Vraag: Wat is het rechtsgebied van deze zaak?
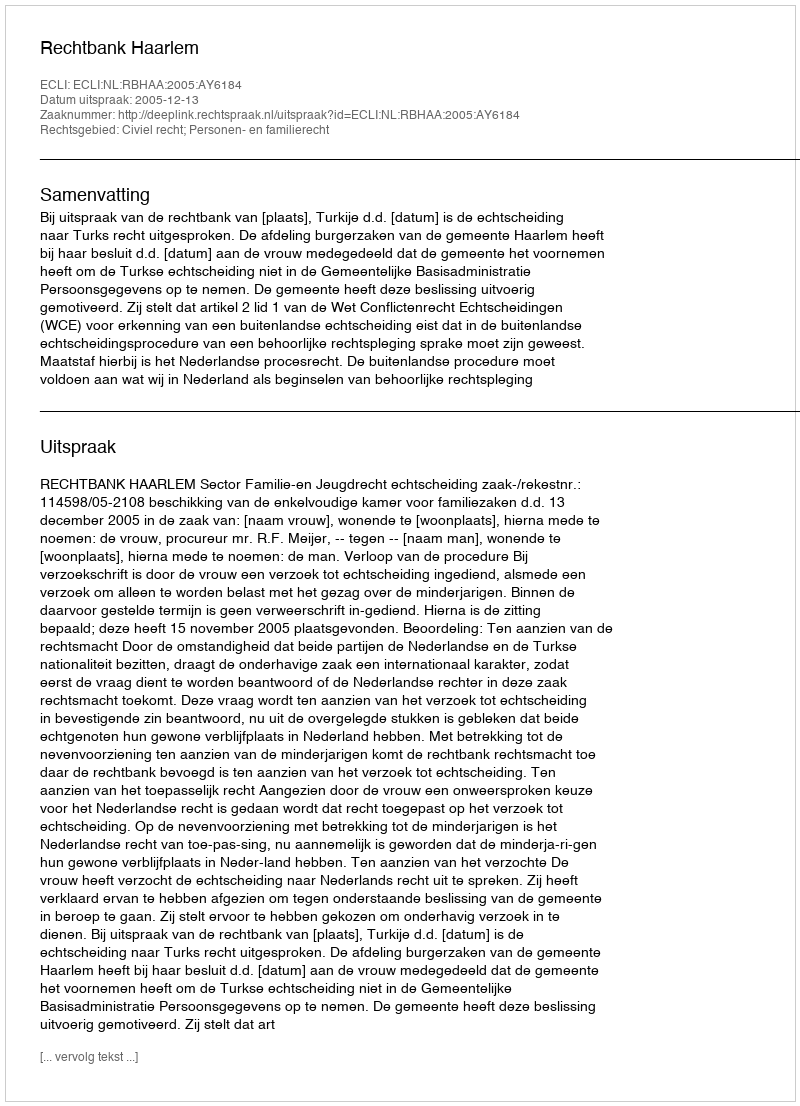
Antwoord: Civiel recht; Personen- en familierecht